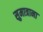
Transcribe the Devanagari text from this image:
सुमात्राना